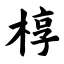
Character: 椁